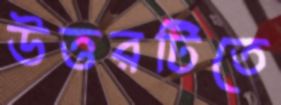
উত্তরটিতে